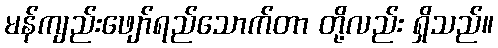
မန်ကျည်းဖျော်ရည်သောက်တာ တို့လည်း ရှိသည်။